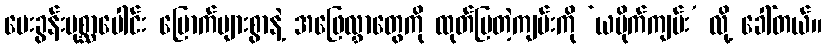
မေးခွန်းပုစ္ဆာပေါင်း မြောက်များစွာနဲ့ အဖြေလွှာတွေကို ထုတ်ပြတဲ့ကျမ်းကို ‘ယမိုက်ကျမ်း’ လို့ ခေါ်တယ်။